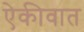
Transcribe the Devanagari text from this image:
ऐकीवात